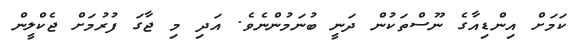
ކަމަށް އިންޑިއާގެ ނޫސްތަކުން ދަނީ ބުނަމުންނެވެ. އަދި މި ޖާގަ ފުރުމަށް ޖެކްލީން